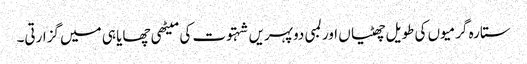
ستارہ گرمیوں کی طویل چھٹیاں اور لمبی دوپہریں شہتوت کی میٹھی چھایا ہی میں گزارتی۔